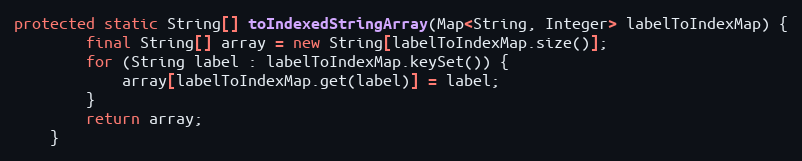
Language: Java
protected static String[] toIndexedStringArray(Map<String, Integer> labelToIndexMap) {
        final String[] array = new String[labelToIndexMap.size()];
        for (String label : labelToIndexMap.keySet()) {
            array[labelToIndexMap.get(label)] = label;
        }
        return array;
    }